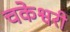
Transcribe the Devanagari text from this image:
चकेश्वरी